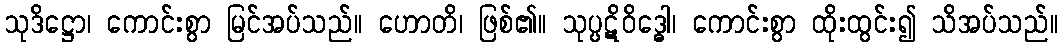
သုဒိဋ္ဌော၊ ကောင်းစွာ မြင်အပ်သည်။ ဟောတိ၊ ဖြစ်၏။ သုပ္ပဋိဝိဒ္ဓေါ၊ ကောင်းစွာ ထိုးထွင်း၍ သိအပ်သည်။